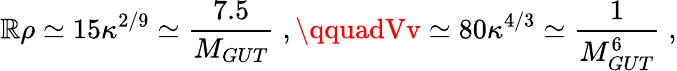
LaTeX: \mathbb{R}\rho\simeq15\kappa^{2/9}\simeq\frac{{7.5}}{{M_{GUT}}}\; ,\qquadVv\simeq80\kappa^{4/3}\simeq\frac{{1}}{{M_{GUT}^{6}}}\; ,